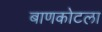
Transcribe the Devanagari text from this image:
बाणकोटला